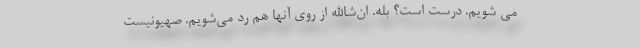
می شویم. درست است؟ بله. ان‌شاالله از روی آنها هم رد می‌شویم. صهیونیست